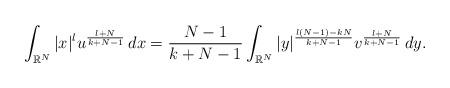
LaTeX: \begin{align*} \int_{\mathbb{R}^N } |x| ^l u ^{ \frac{l+N}{k+N-1} } \, dx = \frac{N-1}{k+N-1} \int_{\mathbb{R}^N} |y| ^{ \frac{l(N-1)-kN}{k+N-1} } v ^{ \frac{l+N}{k+N-1} } \, dy . \end{align*}